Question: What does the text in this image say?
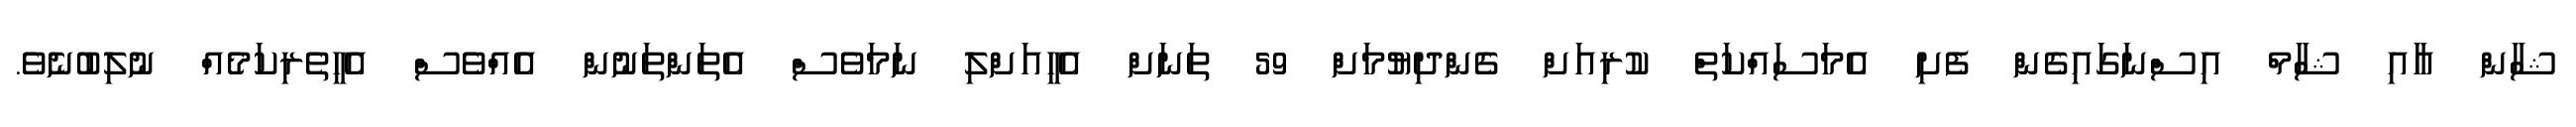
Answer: ޝާން އާއި ޝާމް އިސްނަގައިގެން ފެށި އެމަސައްކަތް ކުރިއަށް ގެންދިޔުމަށް 59 ތަނަށް އެހީއަށްލި ނަމަވެސް އެތަންތަނުން އެއްވެސް އެހީތެރިކަމެއް ނުލިބުނެވެ.